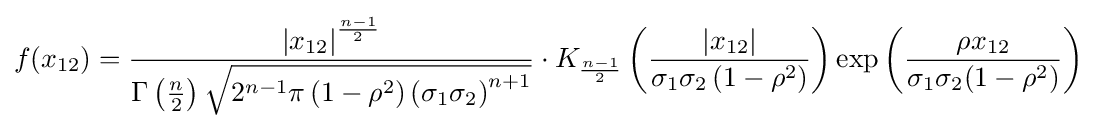
f(x_{12})={\frac {\left|x_{12}\right|^{\frac {n-1}{2}}}{\Gamma \left({\frac {n}{2}}\right){\sqrt {2^{n-1}\pi \left(1-\rho ^{2}\right)\left(\sigma _{1}\sigma _{2}\right)^{n+1}}}}}\cdot K_{\frac {n-1}{2}}\left({\frac {\left|x_{12}\right|}{\sigma _{1}\sigma _{2}\left(1-\rho ^{2}\right)}}\right)\exp {\left({\frac {\rho x_{12}}{\sigma _{1}\sigma _{2}(1-\rho ^{2})}}\right)}